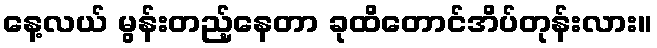
နေ့လယ် မွန်းတည့်နေတာ ခုထိတောင်အိပ်တုန်းလား။